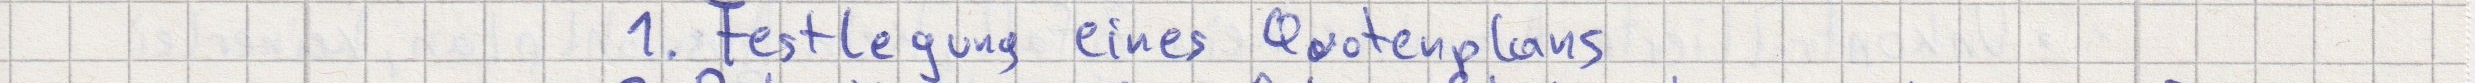
1. Festlegung eines Quotenplans